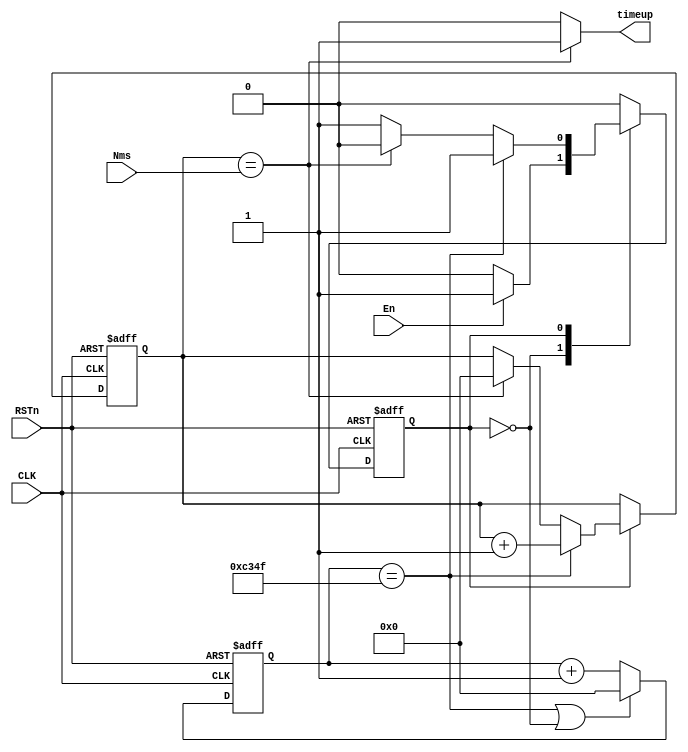

/**********************DAMMSTANGER COPYRIGHT @2016************************/	
//delayNms_module
//	 Ns,
//	 dammstanger
//	 201608013
/*************************************************************************/	
module delayNms_module 
(
    CLK, RSTn, En, Nms, timeup
);

   input CLK;
	 input RSTn;
	 input En;
	 input [15:0]Nms;
	 output timeup;
	 
	 /****************************************/
	 parameter T1MSval = 16'd49_999;					//50MHz50M*0.001-1=49
	 
	 /***************************************/
		reg [15:0]Count;
	  reg sta;
	 always @ ( posedge CLK or negedge RSTn )
	     if( !RSTn )
		      Count <= 16'd0;
		  else if( Count == T1MSval||sta==0)
		      Count <= 16'd0;
		  else 
		      Count <= Count + 1'b1;
	
    /****************************************/	
				
    reg [15:0]Countms;

	 always @ ( posedge CLK or negedge RSTn )
      if( !RSTn )begin
				sta <= 1'b0;
		    Countms <= 1'd0;
			end
		  else
				case(sta)
				1'b0:
					if(En)
						sta <= 1'b1;
				1'b1:
					if( Count == T1MSval )
						Countms <= Countms + 1'b1;
					else if( Countms==Nms)begin
						Countms <= 16'd0;
						sta <= 1'b0;
					end
				endcase
	
   /********************************************/
	 
	 assign timeup = (Countms==Nms)? 1'b1 : 1'b0;
	 
	 /********************************************/
		      

endmodule